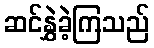
ဆင်နွှဲခဲ့ကြသည်